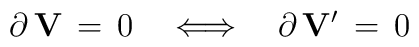
\partial \, {\bf V}\, = \, 0 \quad \Longleftrightarrow \quad\partial \, {\bf V}^\prime \, = \, 0